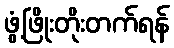
ဖွံ့ဖြိုးတိုးတက်ရန်